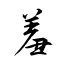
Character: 羞